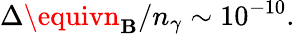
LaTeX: \Delta\equivn_{\mathbf{B}}/n_{\gamma}\sim10^{-10}.